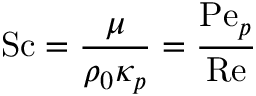
\mathrm { S c } = \frac { \mu } { \rho _ { 0 } \kappa _ { p } } = \frac { \mathrm { P e } _ { p } } { \mathrm { R e } }